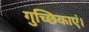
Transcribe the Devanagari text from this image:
गुच्छिकाएं।